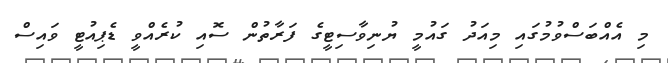
މި އެއްބަސްވުމުގައި މިއަދު ގައުމީ ޔުނިވާސިޓީގެ ފަރާތުން ސޮއި ކުރެއްވީ ޑެޕިއުޓީ ވައިސް